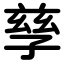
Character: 孳